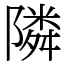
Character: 隣